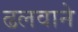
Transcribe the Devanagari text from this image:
ढलवाने